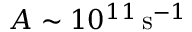
A \sim 1 0 ^ { 1 1 } \, \mathrm { s } ^ { - 1 }